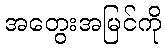
အတွေးအမြင်ကို